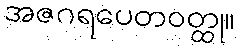
အဇဂရပေတဝတ္ထု။